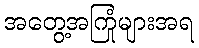
အတွေ့အကြုံများအရ